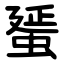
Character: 蜑